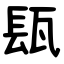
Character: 瓺